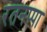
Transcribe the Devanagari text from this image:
रतनप्पा